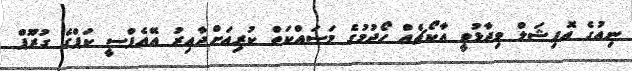
ނިއުގެ އޮފިޝަލް ވިދާޅުވީ އާކޯޗެއް ހޯދުމުގެ މަސައްކަތް ކުރިއަށްދާއިރު އޭއެފްސީ ކަޕްގެ ގުރޫޕް